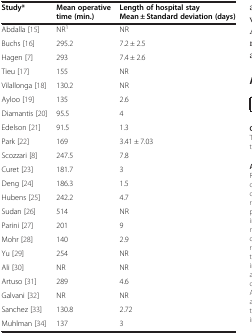
<table><thead><tr><td><b>Study*</b></td><td><b>Mean operative time (min.)</b></td><td><b>Length of hospital stay Mean ± Standard deviation (days)</b></td></tr></thead><tbody><tr><td>Abdalla [15]</td><td>NR<sup>1</sup></td><td>NR</td></tr><tr><td>Buchs [16]</td><td>295.2</td><td>7.2 ± 2.5</td></tr><tr><td>Hagen [7]</td><td>293</td><td>7.4 ± 2.6</td></tr><tr><td>Tieu [17]</td><td>155</td><td>NR</td></tr><tr><td>Vilallonga [18]</td><td>130.2</td><td>NR</td></tr><tr><td>Ayloo [19]</td><td>135</td><td>2.6</td></tr><tr><td>Diamantis [20]</td><td>95.5</td><td>4</td></tr><tr><td>Edelson [21]</td><td>91.5</td><td>1.3</td></tr><tr><td>Park [22]</td><td>169</td><td>3.41 ± 7.03</td></tr><tr><td>Scozzari [8]</td><td>247.5</td><td>7.8</td></tr><tr><td>Curet [23]</td><td>181.7</td><td>3</td></tr><tr><td>Deng [24]</td><td>186.3</td><td>1.5</td></tr><tr><td>Hubens [25]</td><td>242.2</td><td>4.7</td></tr><tr><td>Sudan [26]</td><td>514</td><td>NR</td></tr><tr><td>Parini [27]</td><td>201</td><td>9</td></tr><tr><td>Mohr [28]</td><td>140</td><td>2.9</td></tr><tr><td>Yu [29]</td><td>254</td><td>NR</td></tr><tr><td>Ali [30]</td><td>NR</td><td>NR</td></tr><tr><td>Artuso [31]</td><td>289</td><td>4.6</td></tr><tr><td>Galvani [32]</td><td>NR</td><td>NR</td></tr><tr><td>Sanchez [33]</td><td>130.8</td><td>2.72</td></tr><tr><td>Muhlman [34]</td><td>137</td><td>3</td></tr></tbody></table>